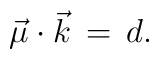
\vec {\mu} \cdot \vec {k}\,=\,d.